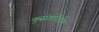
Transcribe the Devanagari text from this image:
कुसंगतीतील